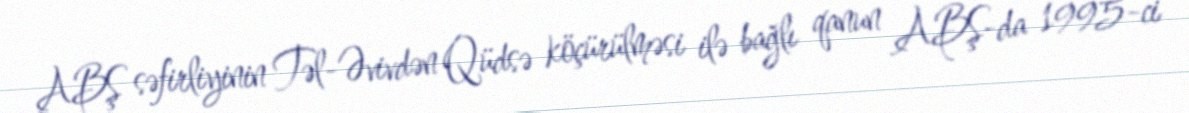
ABŞ səfirliyinin Təl-Əvivdən Qüdsə köçürülməsi ilə bağlı qanun ABŞ-da 1995-ci